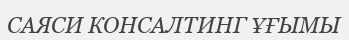
САЯСИ КОНСАЛТИНГ ҰҒЫМЫ